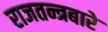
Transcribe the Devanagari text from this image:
राजतन्त्रबारे